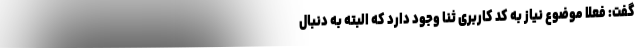
گفت: فعلا موضوع نیاز به کد کاربری ثنا وجود دارد که البته به دنبال